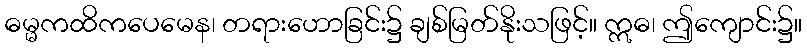
ဓမ္မကထိကပေမေန၊ တရားဟောခြင်း၌ ချစ်မြတ်နိုးသဖြင့်။ ဣဓ၊ ဤကျောင်း၌။